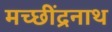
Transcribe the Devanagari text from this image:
मच्छींद्रनाथ